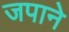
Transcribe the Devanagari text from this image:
जपाने